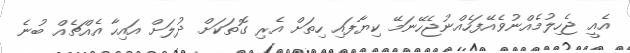
އެއީ ޖެހިލުމެއްނުވެއޭފަހެއްނުޖެހޭނަމޭ ކިޔާފައި ހިތަށް އެރި ގޮތަކަށް ދުލަށް އައިހާ އެއްޗެއް ބުނެ